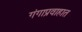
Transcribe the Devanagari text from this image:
गंगाप्रवाहात